Indian journal of veterinary science and animal husbandry - Volume 1,
Year: 1931
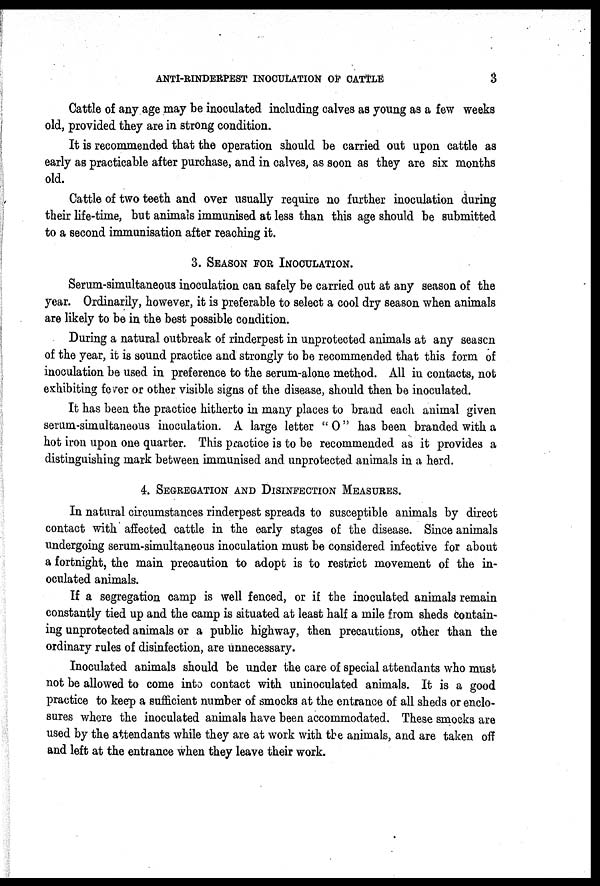
ANTI-RINDERPEST INOCULATION OF CATTLE
3
Cattle of any age may be inoculated including calves as young as a few weeks
old, provided they are in strong condition.
It is recommended that the operation should be carried out upon cattle as
early as practicable after purchase, and in calves, as soon as they are six months
old.
Cattle of two teeth and over usually require no further inoculation during
their life-time, but animals immunised at less than this age should be submitted
to a second immunisation after reaching it.
3. SEASON FOR INOCULATION.
Serum-simultaneous inoculation can safely be carried out at any season of the
year. Ordinarily, however, it is preferable to select a cool dry season when animals
are likely to be in the best possible condition.
During a natural outbreak of rinderpest in unprotected animals at any season
of the year, it is sound practice and strongly to be recommended that this form of
inoculation be used in preference to the serum-alone method. All in contacts, not
exhibiting fever or other visible signs of the disease, should then be inoculated.
It has been the practice hitherto in many places to brand each animal given
serum-simultaneous inoculation. A large letter " O" has been branded with a
hot iron upon one quarter. This practice is to be recommended as it provides a
distinguishing mark between immunised and unprotected animals in a herd.
4. SEGREGATION AND DISINFECTION MEASURES.
In natural circumstances rinderpest spreads to susceptible animals by direct
contact with affected cattle in the early stages of the disease. Since animals
undergoing serum-simultaneous inoculation must be considered infective for about
a fortnight, the main precaution to adopt is to restrict movement of the in-
oculated animals.
If a segregation camp is well fenced, or if the inoculated animals remain
constantly tied up and the camp is situated at least half a mile from sheds contain-
ing unprotected animals or a public highway, then precautions, other than the
ordinary rules of disinfection, are unnecessary.
Inoculated animals should be under the care of special attendants who must
not be allowed to come into contact with uninoculated animals. It is a good
practice to keep a sufficient number of smocks at the entrance of all sheds or enclo-
sures where the inoculated animals have been accommodated. These smocks are
used by the attendants while they are at work with the animals, and are taken off
and left at the entrance when they leave their work.